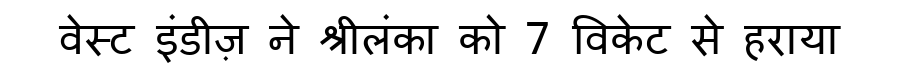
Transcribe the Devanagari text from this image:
वेस्ट इंडीज़ ने श्रीलंका को 7 विकेट से हराया